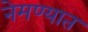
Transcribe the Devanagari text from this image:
नेमण्‍यात